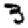
Digit: 3